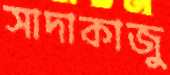
সাদাকাজু